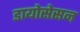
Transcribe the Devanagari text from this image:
डायोसेसन